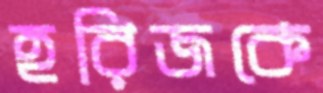
হরিজকে